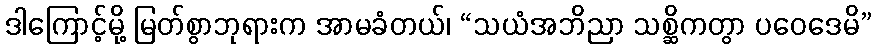
ဒါကြောင့်မို့ မြတ်စွာဘုရားက အာမခံတယ်၊ “သယံအဘိညာ သစ္ဆိကတွာ ပဝေဒေမိ”